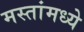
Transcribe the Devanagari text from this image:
मस्तांमध्ये